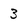
Character: 3